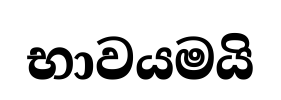
භාවයමයි